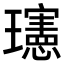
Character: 𪼭